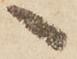
へ